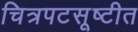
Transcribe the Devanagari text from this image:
चित्रपटसूष्टीत